Annual statistical returns and brief notes on vaccination in Bengal - 1896-1909
Year: 1896
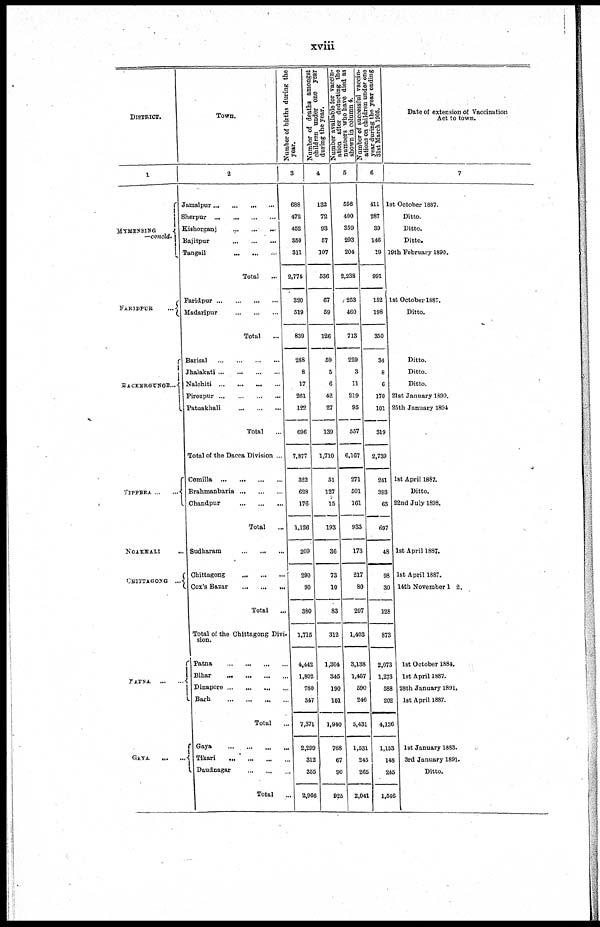
xviii
DISTRICT.
1
MYMENSING
—concld.
FARIDPUR
...
BACEERGUNGE...
TIPPERA
...
...
NOAKHALI ...
CHITTAGONG ...
PATNA
...
...
GAYA
...
...
Town.
2
Jamalpur
...
...
...
...
Sherpur
...
...
...
...
Kishorganj
...
...
...
Bajitpur
...
...
...
Tangail ... ... ...
Total ...
Faridpur
...
...
...
...
Madaripur
...
...
...
Total ...
Barisal
...
...
...
...
Jhalakati
...
...
...
...
Nalchiti
...
...
...
...
Pirozpur
...
...
...
...
Patuakhali
...
...
...
Total ...
Total of the Dacca Division ...
Comilla
...
...
...
...
Brahmanbaria ... ... ...
Chandpur
...
...
...
Total ...
Sudharam
...
...
...
Chittagong
...
...
...
Cox's Bazar
...
...
...
Total
...
Total of the Chittagong Divi¬
sion.
Patna
...
...
...
...
Bihar
...
...
...
...
Dinapore ... ... ... ...
Barh
...
...
...
...
Total ...
Gaya
...
...
...
...
Tikari
...
...
...
...
Daudnagar
...
...
...
Total
...
Number of births during the
year.
3
688
472
452
350
311
2,774
320
519
839
288
8
17
261
122
696
7,877
322
628
176
1,126
209
290
90
380
1,715
4,442
1,802
780
347
7,371
2,299
312
355
2,966
Number of deaths amongst
children under one year
during the year.
4
132
72
93
57
107
536
67
59
126
59
5
6
42
27
139
1,710
51
127
15
193
36
73
10
83
312
1,304
345
190
101
1,940
768
67
90
926
Number available for vaccin-
ation after deducting the
numbers who have died as
shown in column 4.
5
556
400
359
293
204
2,238
253
460
713
229
3
11
219
95
557
6,167
271
501
161
933
173
217
80
297
1,403
3,138
1,457
590
246
5,431
1,531
245
265
2,041
N
umber of successful vaccin-
ations on children under one
year during the year ending
31st March 1905.
6
411
287
39
146
19
991
152
198
350
34
8
6
170
101
319
2,739
241
393
63
697
48
98
30
128
873
2,073
1,273
588
202
4,136
1,153
148
245
1,546
Date of extension of Vaccination
Act to town.
7
1st October 1887.
Ditto.
Ditto.
Ditto.
19th February 1890.
1st October 1887.
Ditto.
Ditto.
Ditto.
Ditto.
21st January 1890.
25th January 1894
1st April 1887.
Ditto.
22nd July 1898.
1st April 1887.
1st April 1887.
14th November 1 2.
1st October 1884.
1st April 1887.
28th January 1891.
1st April 1887.
1st January 1883.
3rd January 1891.
Ditto.